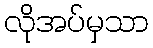
လိုအပ်မှသာ